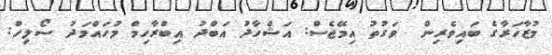
މުޒާހަރާގެ ބައިވެރިން  ވަގުތު އިމޭޖެސް: އަޝްހާދު އަބްދު އިބްރާހިމް މުހައްމަދު ސޯލިހް: